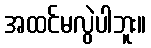
အထင်မလွဲပါဘူး။